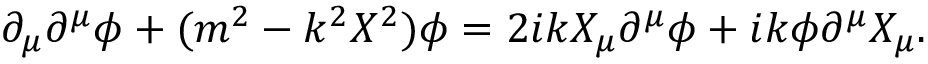
\partial _ { \mu } \partial ^ { \mu } \phi + ( m ^ { 2 } - k ^ { 2 } X ^ { 2 } ) \phi = 2 i k X _ { \mu } \partial ^ { \mu } \phi + i k \phi \partial ^ { \mu } X _ { \mu } .